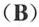
(B)